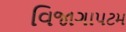
વિજાગાપટમ